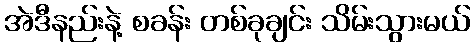
အဲဒီနည်းနဲ့ စခန်း တစ်ခုချင်း သိမ်းသွားမယ်